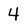
Character: 4